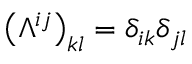
\left( \Lambda ^ { i j } \right) _ { k l } = \delta _ { i k } \delta _ { j l }